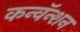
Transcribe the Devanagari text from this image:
कन्वॅन्शन